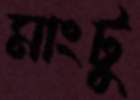
মাংটু